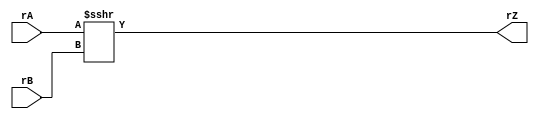
// Zuhair Shaikh and Brant Lan Li
// SHRA Operation (SHRA)
// ELEC374 - Digital Systems Engineering
// Department of Electrical and Computer Engineering
// Queen's University

`timescale 1ns/10ps

module shra_32(
	input wire [31:0] rA, rB,
	output wire [31:0] rZ
	);

	assign rZ = $signed(rA) >>> rB;
endmodule